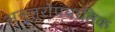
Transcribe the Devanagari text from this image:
अनुत्तरोपपातिक